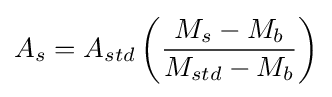
A_{s}=A_{std}\left({\frac {M_{s}-M_{b}}{M_{std}-M_{b}}}\right)